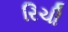
રિચી